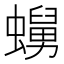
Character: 𧒺